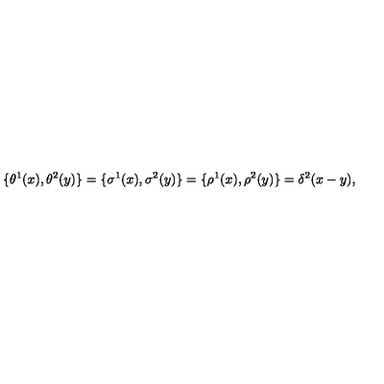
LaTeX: \{ \theta ^ { 1 } ( x ) , \theta ^ { 2 } ( y ) \} = \{ \sigma ^ { 1 } ( x ) , \sigma ^ { 2 } ( y ) \} = \{ \rho ^ { 1 } ( x ) , \rho ^ { 2 } ( y ) \} = \delta ^ { 2 } ( x - y ) ,